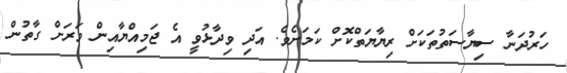
ހަރުދަނާ ސިޔާސަތުތަކަށް ރިޔާޔަތްކޮށް ކަމަށެވެ. އަދި ވިދާޅުވީ އެ ޖަމިއްޔާއިން ވަރަށް ގާތުން